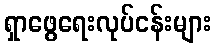
ရှာဖွေရေးလုပ်ငန်းများ